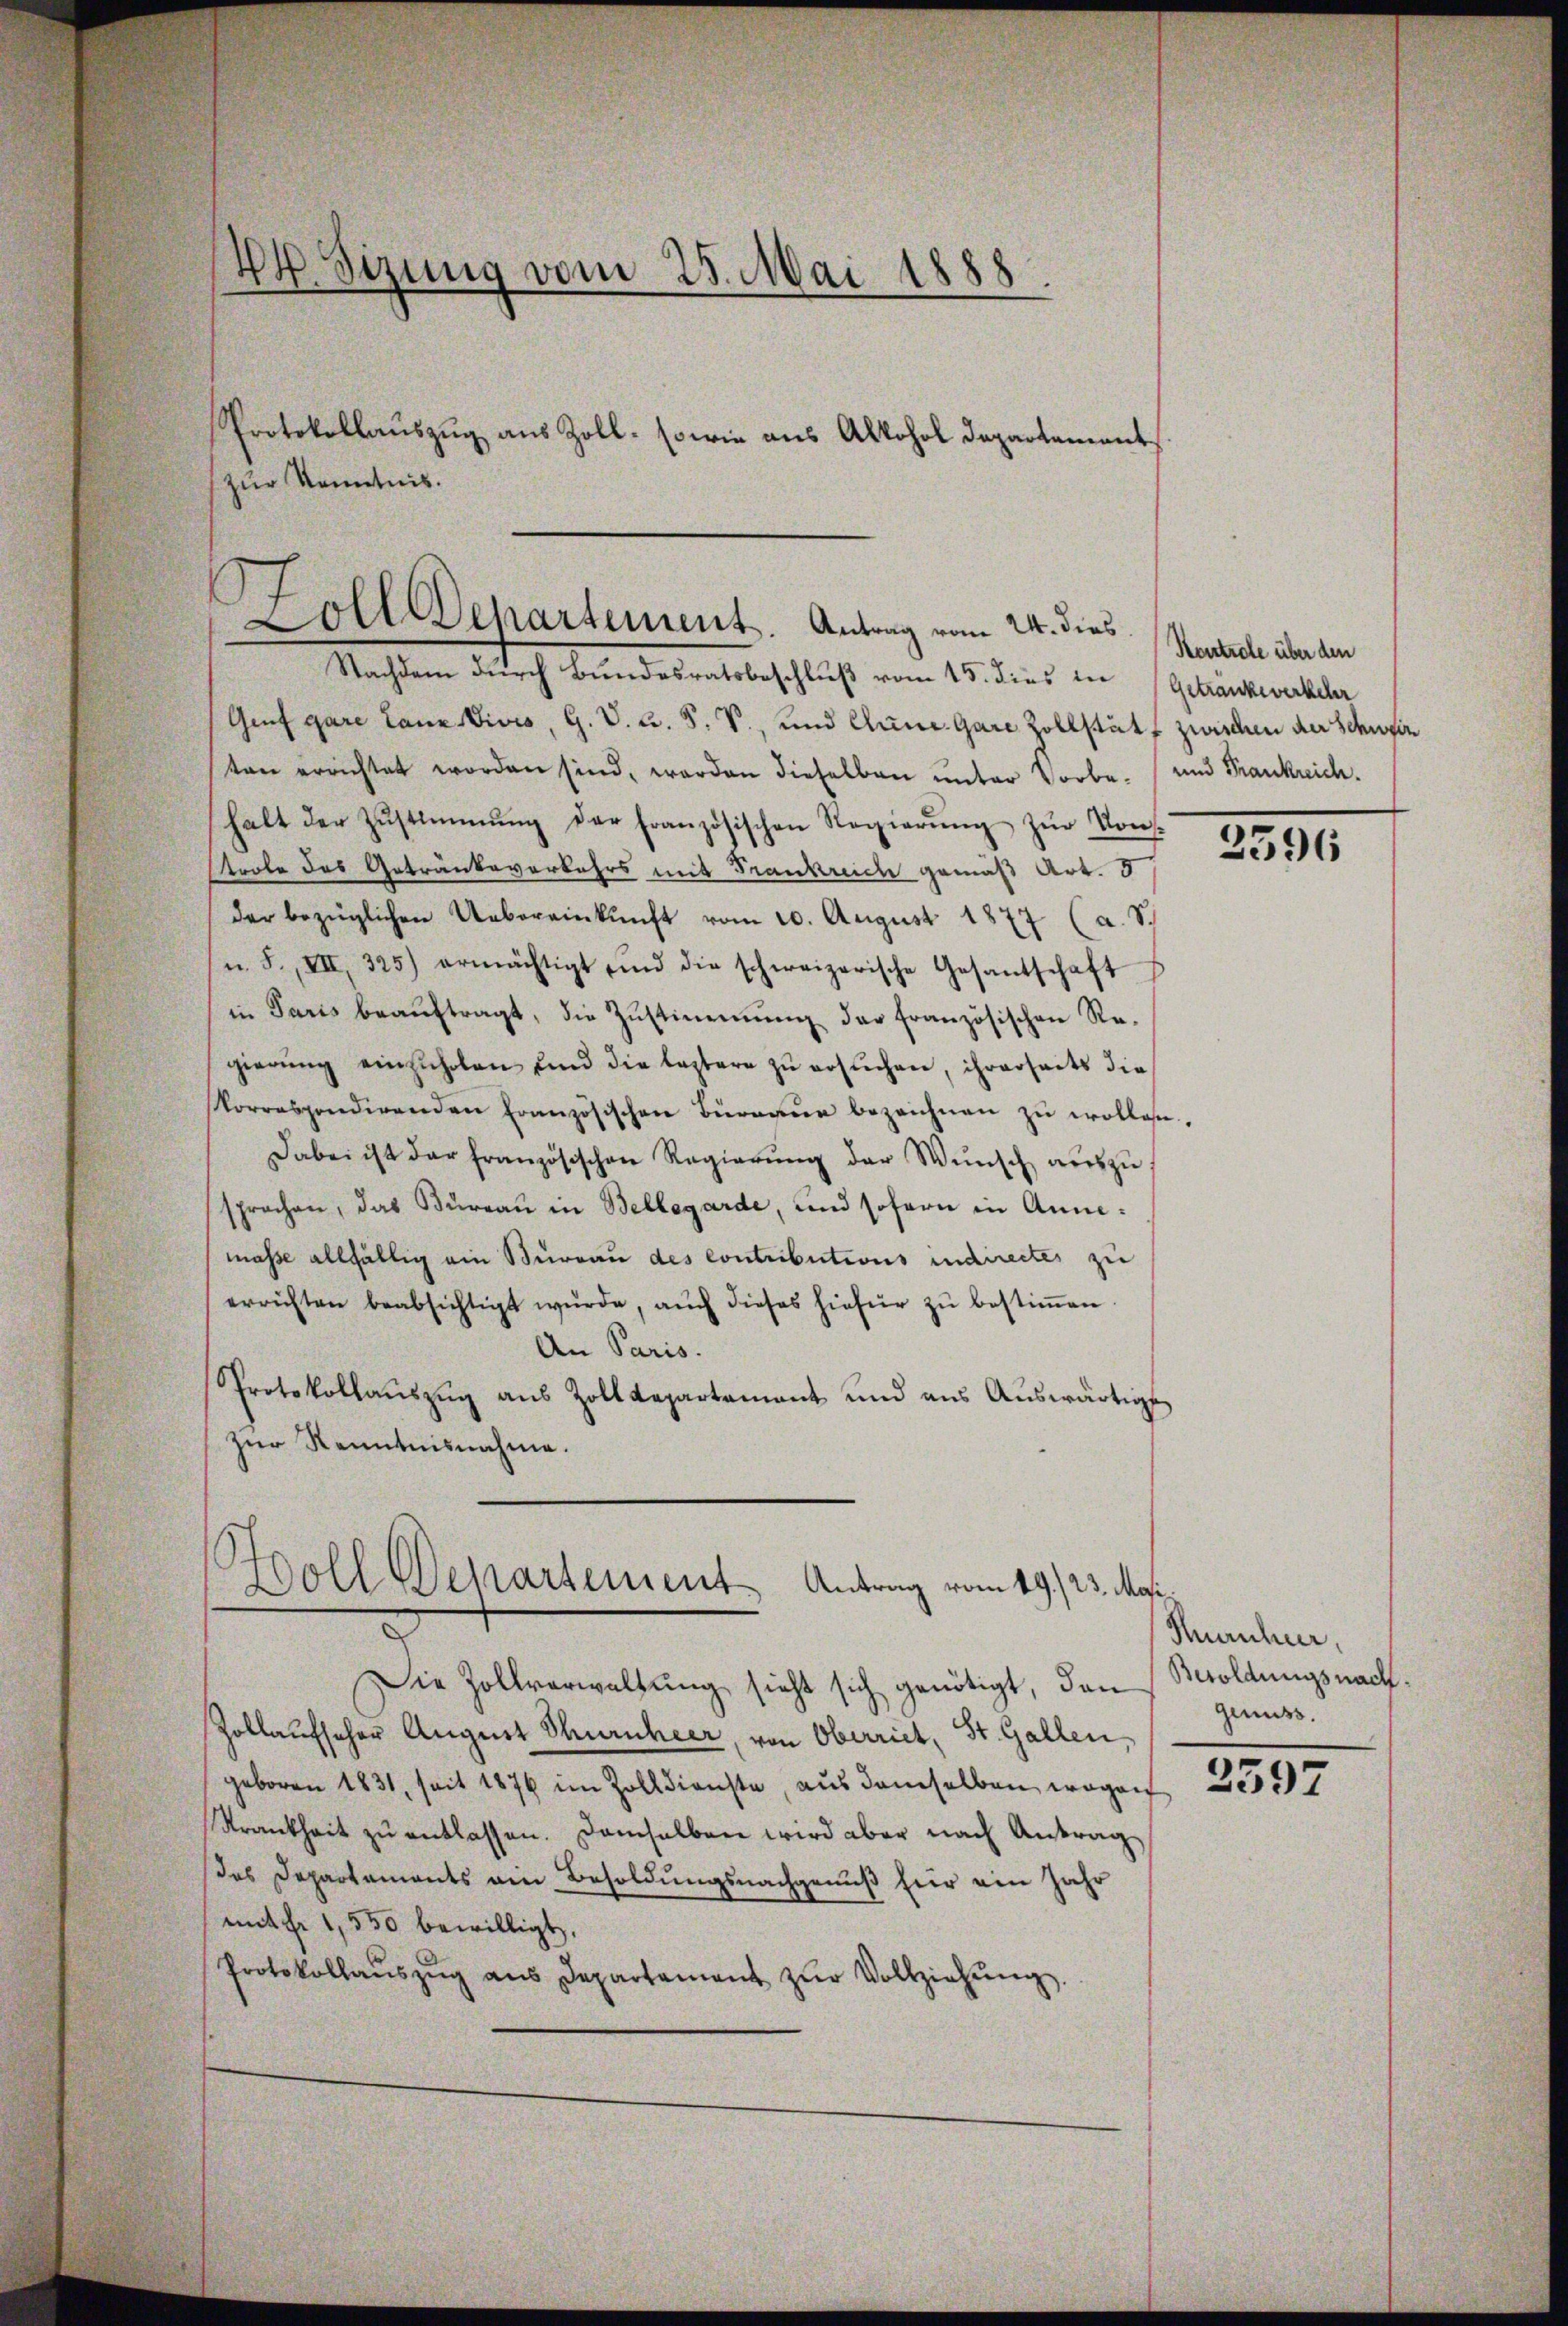
44. Sizung vom 25. Mai 1888
Protokollauszug aus Zoll- sowie aus Alkohol Departement
(zur Kenntnis.

Nachten durch beidetent beschluss vom 15. dies in Geltungenehel
Genf gare Lanndivis, G. V. C. S. S., und Chine-Gare Zollstatt zwischen der Schweiz
ten errichtet worden sind, werden dieselben unter Vorbe-
halt der Zŭstimmung der französischen Regierŭng zŭr Kons-
trole des Getränkeverkehrs mit Frankreich gemäß Art. 8
der bezüglichen Uebereinkunft vom 20. August 1877 (a. S.
u. F. VII. 325) ermächtigt und die schweizerische Gesantschaft
in Paris beaŭftragt, die Zustimmung der französischen Regierŭng einzŭholen und die leztere zŭ ersŭchen, ihrerseits die
korrespondirenden französischen Büreaŭ bezeichnen zŭ wollen.
Dabei ist der französischen Regierŭng der Wŭnsch aŭszŭ
sprochen, das Büreau in Bellegarde, und sofern in Annemasse allfällig ein Büreau des contributions indirectes zu
errichten beabsichtigt wŭrde, aŭch dieses hiefür zŭ bestiṁen
An Paris.
Sprotokollaŭszŭg aŭs Zolldepartement und aŭs Aŭswärtige
zur Kenntnisnahme.
Holl Departement Antrag vom 19./23. Mai,
Die Zollverwaltung sieht sich genötigt, den
Zollaufscher August Thuruheer, von Oberriet, St. Gallen,
geboren 1831, seit 1876 im Zolldienste, aus demselben wegen 537
Krankheit zŭ entlassen. Demselben wird aber nach Antrag
das Departements am Besoldungsnachgenuß für ein Jahr
mit Fr. 1,550 bewilligt.
Protokollaŭszŭg aŭs Departament zŭr Vollziehŭng.

Zoll Departement. Antrag vom 24. dies Rentiche über den

und Frankreich.

2596

Hurnheer,
Besoldungsnach.
genuss.